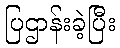
ပြဌာန်းခဲ့ပြီး